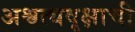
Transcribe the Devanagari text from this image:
अश्वत्थवृक्षाची